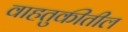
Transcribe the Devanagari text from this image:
वाहतुकीतील